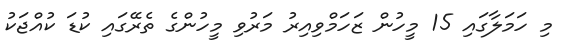
މި ހަމަލާގައި 15 މީހުން ޒަހަމްވިއިރު މަރުވި މީހުންގެ ތެރޭގައި ކުޑަ ކުއްޖަކު